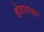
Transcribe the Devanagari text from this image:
होतावाला